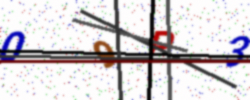
Text: 09P3